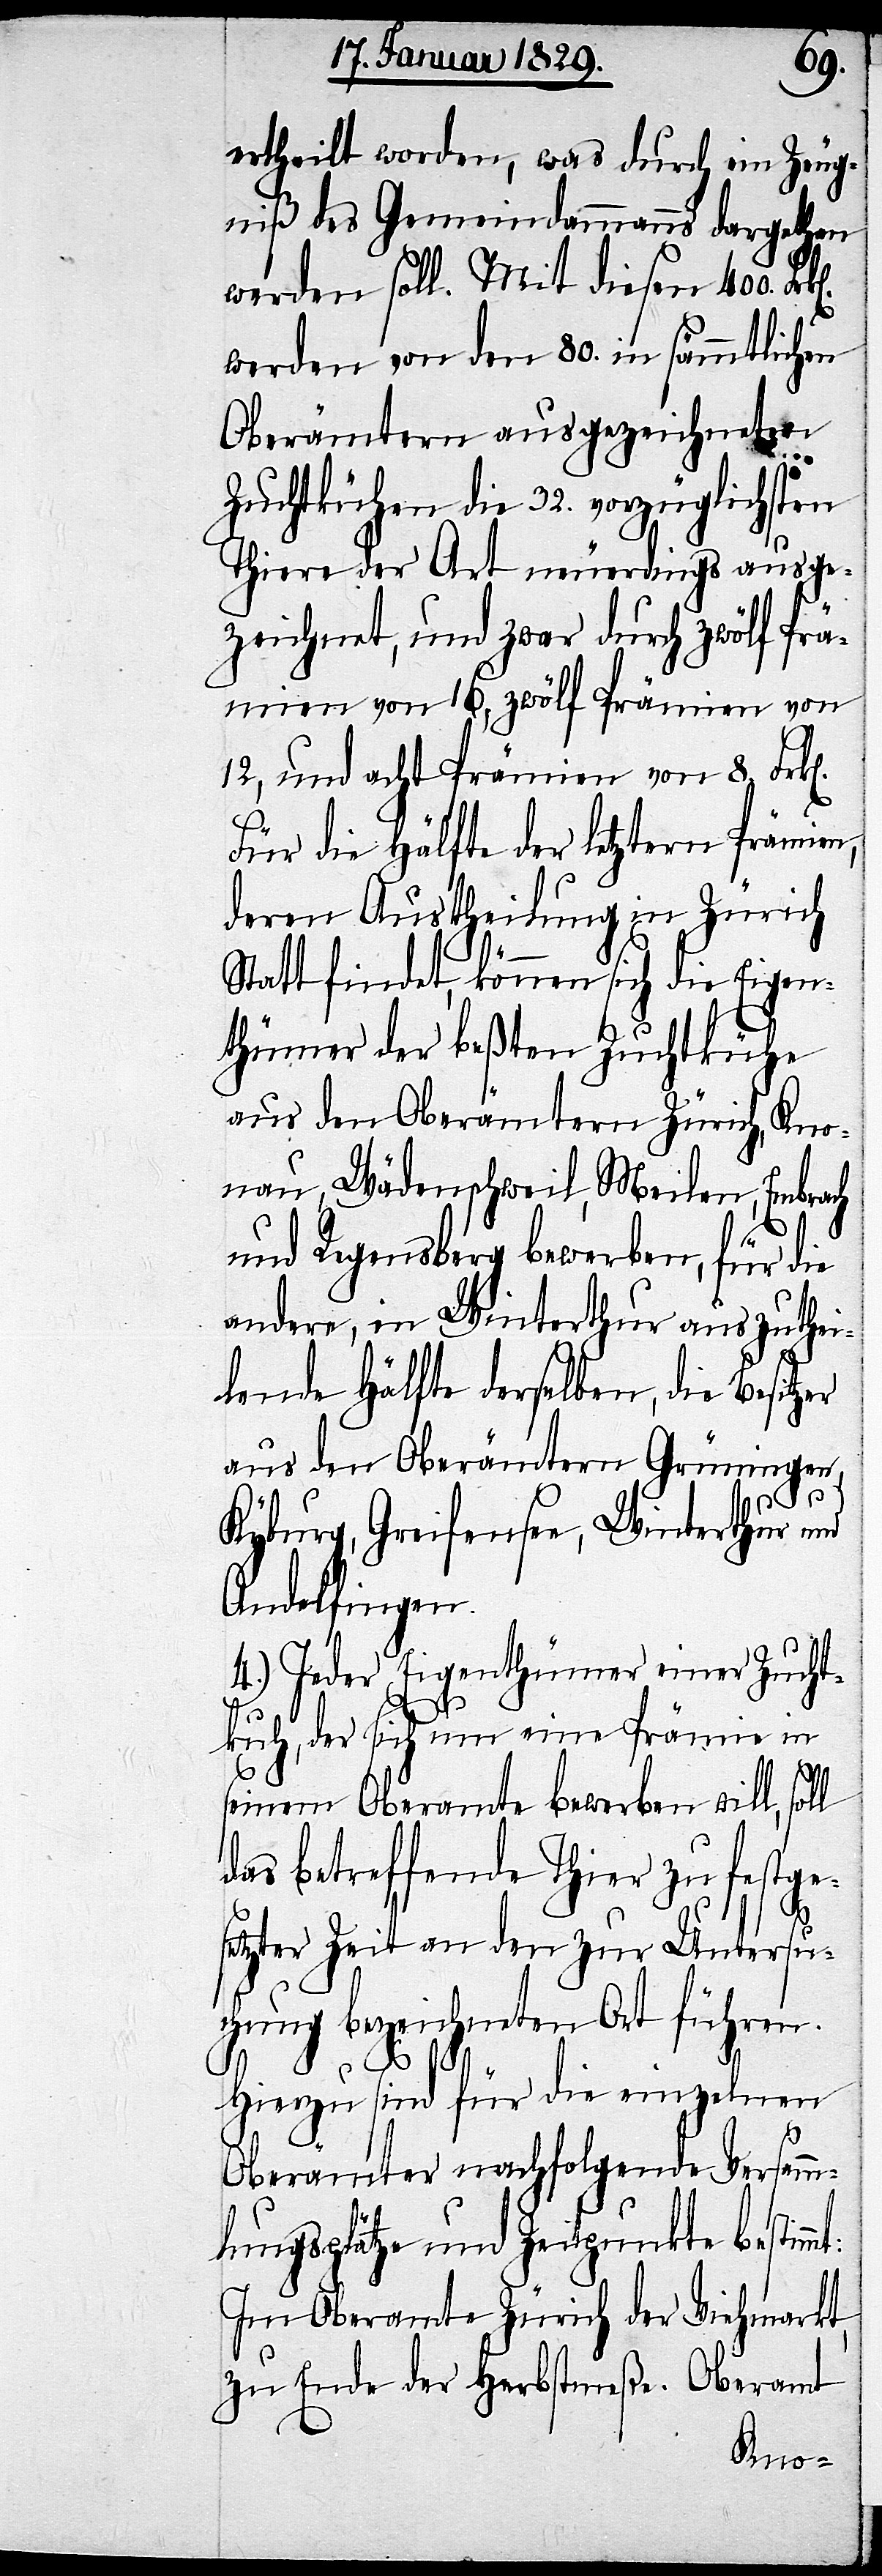
mt:
ertheilt worden, was durch ein Zeug¬
niß des Gemeindammanns dargethan
werden soll. Mit diesen 400.
werden von den 80. in sämmtlichen
Oberämtern ausgezeichneten
Zuchtkühen die 32. vorzüglichsten
Thiere der Art neuerdings ausge¬
zeichnet, und zwar durch zwölf Prä¬
mien von 16, zwölf Prämien von
12, und acht Prämien von 8. Frk[e¬
Für die Hälfte der letztern Prämien,
deren Austheilung in Zürich
Statt findet, können sich die Eigen¬
thümer der beßten Zuchtkühe
aus den Oberämtern Zürich, Kno¬
nau, Wädenschweil, Meilen, Embrach
und Regensberg bewerben, für die
andere, in Winterthur auszuthei¬
lende Hälfte derselben, die Besitzer
aus den Oberämtern Grüningen,
Kyburg, Greifensee, Winterthur und
Andelfingen.
4.) Jeder Eigenthümer einer Zucht¬
kuh, der sich um eine Prämie in
seinem Oberamte bewerben will,
das betreffende Thier zu festge¬
setzter Zeit an den zur Untersu¬
chung bezeichneten Ort führen.
Hierzu sind für die einzelnen
n].
Oberämter nachfolgende Versamm¬
lungsplätze und Zeitpunkte bestim¬
Im Oberamte Zürich der Viehmarkt,
zu Ende der Herbstmeße. Oberamt